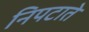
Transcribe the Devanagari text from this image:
निपटाते